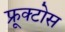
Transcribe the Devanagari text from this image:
फ्रूक्टोस